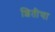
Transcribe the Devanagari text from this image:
शितीचा